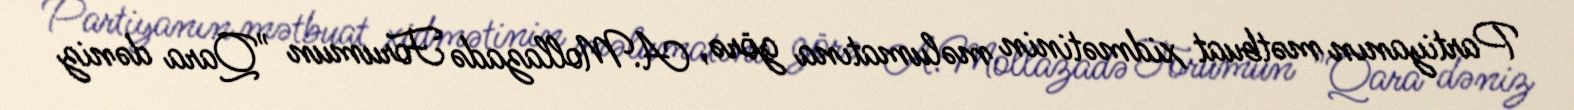
Partiyanın mətbuat xidmətinin məlumatına görə, A.Mollazadə Forumun "Qara dəniz